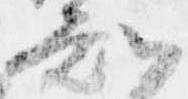
知